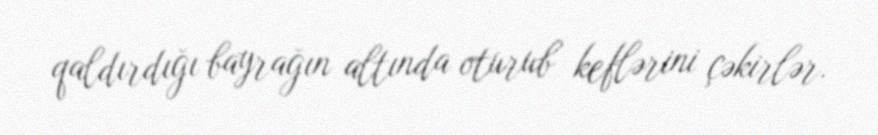
qaldırdığı bayrağın altında oturub keflərini çəkirlər.